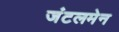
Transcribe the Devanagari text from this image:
जंटलमेन